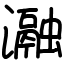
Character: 瀜